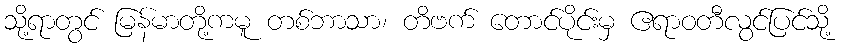
သို့ရာတွင် မြန်မာတို့ကမူ တစ်ဘာသာ၊ တိဗက် တောင်ပိုင်းမှ ဧရာဝတီလွင်ပြင်သို့